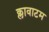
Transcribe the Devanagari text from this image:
क्लावाटम